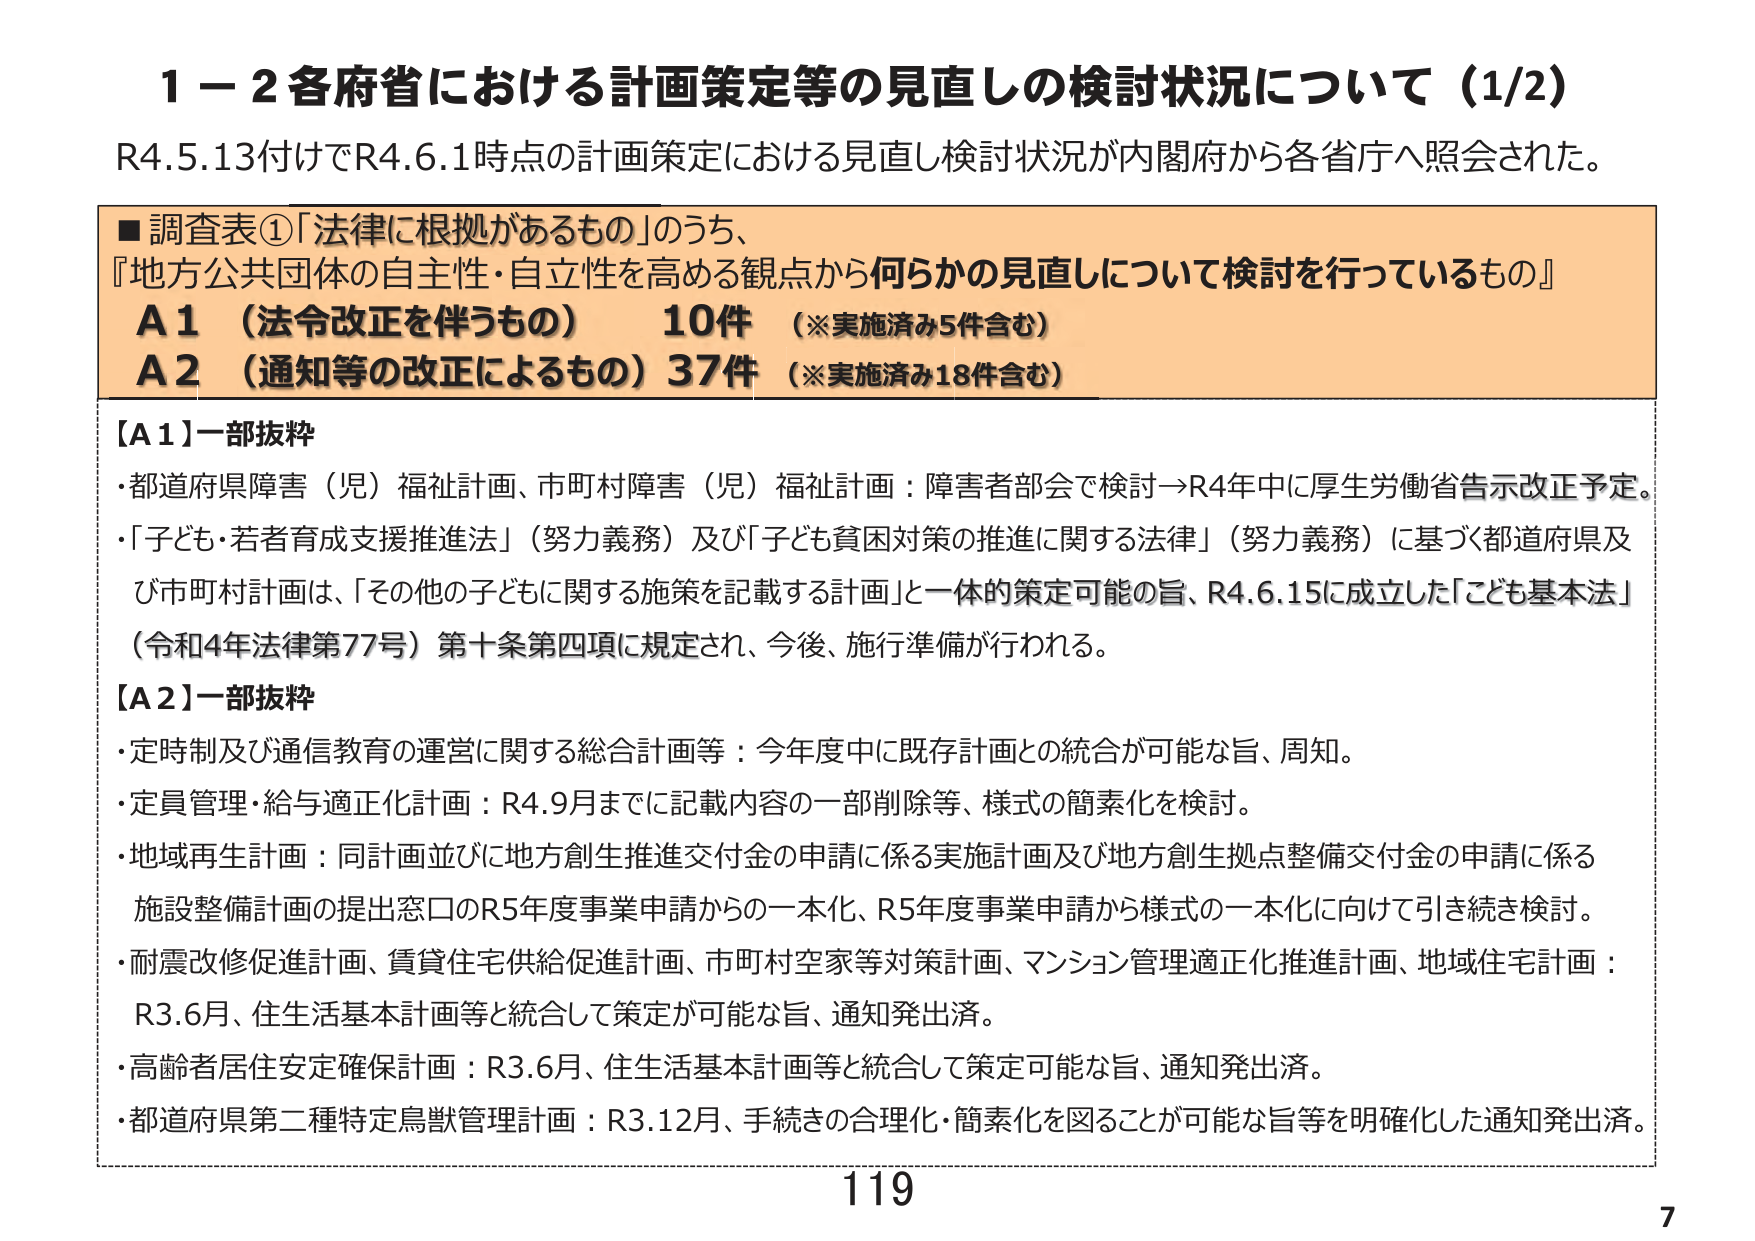
1－2 各府省における計画策定等の見直しの検討状況について（1/2）
R4.5.13付けでR4.6.1時点の計画策定における見直し検討状況が内閣府から各省庁へ照会された。

■調査表①「法律に根拠があるもの」のうち、
『地方公共団体の自主性・自立性を高める観点から何らかの見直しについて検討を行っているもの』
A1（法令改正を伴うもの） 10件（※実施済み5件含む）
A2（通知等の改正によるもの）37件（※実施済み18件含む）

【A1】一部抜粋
・都道府県障害（児）福祉計画、市町村障害（児）福祉計画：障害者部会で検討→R4年中に厚生労働省告示改正予定。
・「子ども・若者育成支援推進法」（努力義務）及び「子ども貧困対策の推進に関する法律」（努力義務）に基づく都道府県及び市町村計画は、「その他の子どもに関する施策を記載する計画」と一体的策定可能の旨、R4.6.15に成立した「こども基本法」（令和4年法律第77号）第十条第四項に規定され、今後、施行準備が行われる。

【A2】一部抜粋
・定時制及び通信教育の運営に関する総合計画等：今年度中に既存計画との統合が可能な旨、周知。
・定員管理・給与適正化計画：R4.9月までに記載内容の一部削除等、様式の簡素化を検討。
・地域再生計画：同計画並びに地方創生推進交付金の申請に係る実施計画及び地方創生拠点整備交付金の申請に係る施設整備計画の提出窓口のR5年度事業申請からの一本化、R5年度事業申請から様式の一本化に向けて引き続き検討。
・耐震改修促進計画、賃貸住宅供給促進計画、市町村空家等対策計画、マンション管理適正化推進計画、地域住宅計画：R3.6月、住生活基本計画等と統合して策定が可能な旨、通知発出済。
・高齢者居住安定確保計画：R3.6月、住生活基本計画等と統合して策定可能な旨、通知発出済。
・都道府県第二種特定鳥獣管理計画：R3.12月、手続きの合理化・簡素化を図ることが可能な旨等を明確化した通知発出済。

119
7